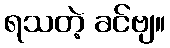
ရသတဲ့ ခင်ဗျ။